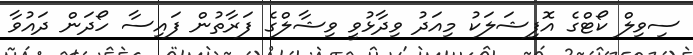
ސިވިލް ކޯޓްގެ އޮފިޝަލަކު މިއަދު ވިދާޅުވީ ވިޝާލްގެ ފަރާތުން ފައިސާ ހޯދަން ދައުވާ